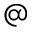
@